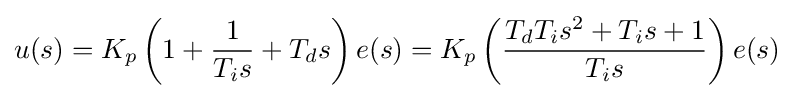
u(s)=K_{p}\left(1+{\frac {1}{T_{i}s}}+T_{d}s\right)e(s)=K_{p}\left({\frac {T_{d}T_{i}s^{2}+T_{i}s+1}{T_{i}s}}\right)e(s)